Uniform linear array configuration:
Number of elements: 32
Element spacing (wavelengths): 0.75
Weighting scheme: kaiser
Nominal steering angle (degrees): -60
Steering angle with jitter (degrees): -59.516
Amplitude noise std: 0.05
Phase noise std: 0.05

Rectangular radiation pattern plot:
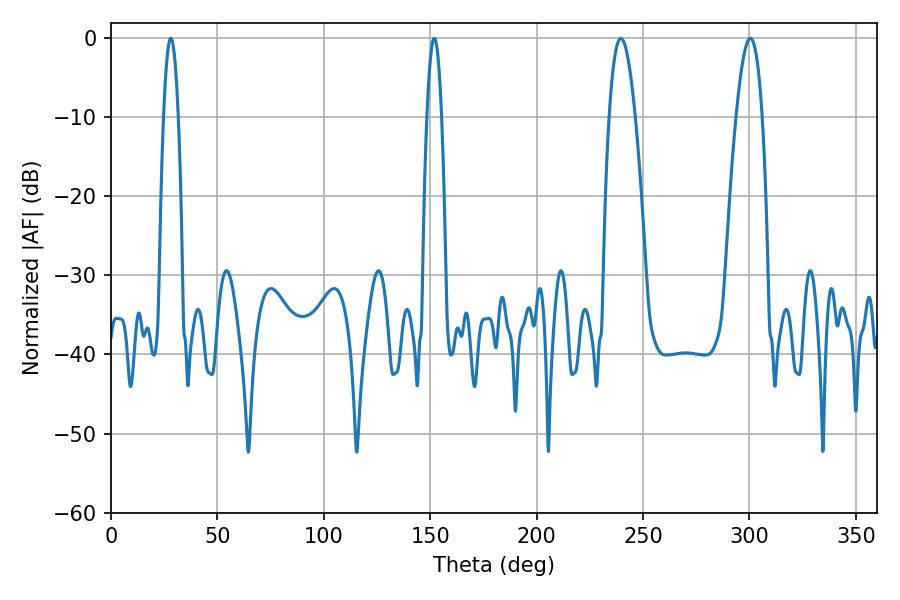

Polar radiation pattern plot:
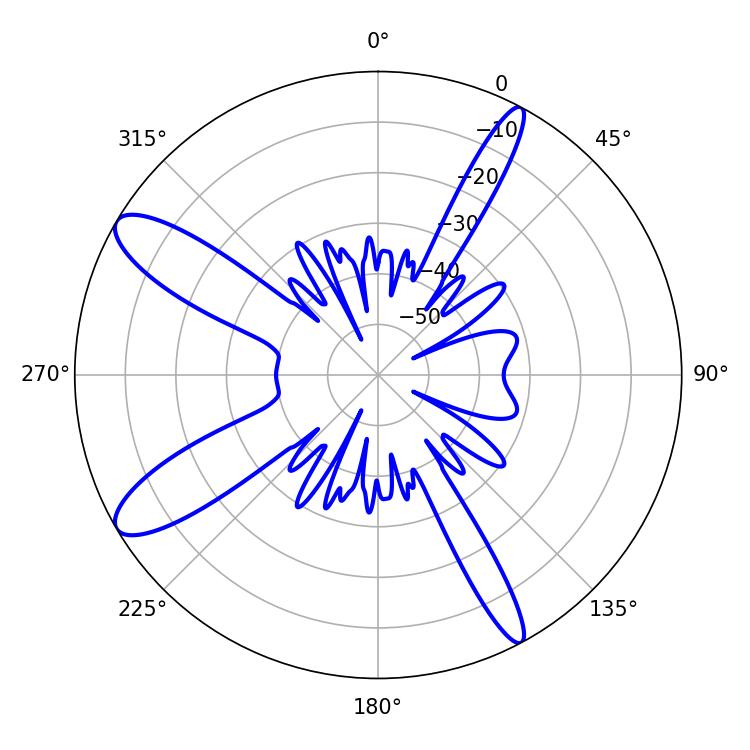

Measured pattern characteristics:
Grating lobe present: TRUE
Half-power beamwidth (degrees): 6.84
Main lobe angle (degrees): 239.58